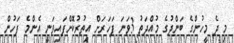
މި ދެ މީހުންގެ ބަންދުގެ މުއްދަތު 3ވަނަ ފަހަރަށް އިތުރުކޮށްފައިވަނީ އެންމެ ފަހުން